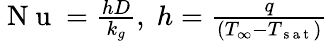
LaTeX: \begin{array}{r}{\mathrm{~N~u~}=\frac{hD}{k_{g}},\; h=\frac{q}{(T_{\infty}-T_{\mathrm{~s~a~t~}})}}\end{array}